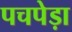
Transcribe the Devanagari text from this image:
पचपेड़ा